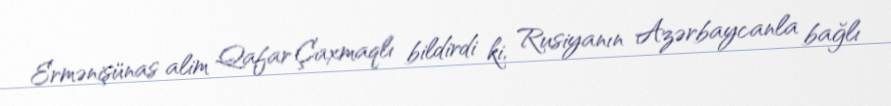
Ermənişünas alim Qafar Çaxmaqlı bildirdi ki, Rusiyanın Azərbaycanla bağlı